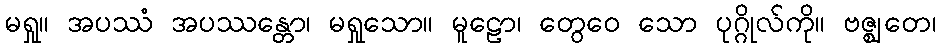
မရှု။ အပဿံ အပဿန္တော၊ မရှုသော။ မူဠော၊ တွေဝေ သော ပုဂ္ဂိုလ်ကို။ ဗဇ္ဈတေ၊